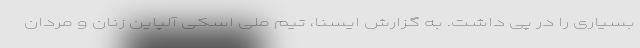
بسیاری را در پی داشت. به گزارش ایسنا، تیم ملی اسکی آلپاین زنان و مردان